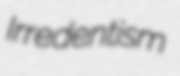
Irredentism